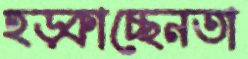
হড়্‌কাচ্ছেনতা